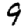
Digit: 9